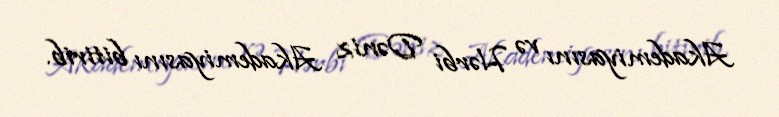
Akademiyasını və Hərbi Dəniz Akademiyasını bitirib.